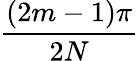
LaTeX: \frac{(2m-1)\pi}{2N}